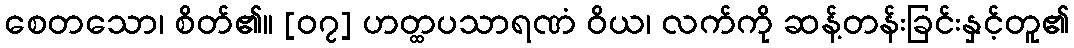
စေတသော၊ စိတ်၏။ [၀၇] ဟတ္ထပသာရဏံ ဝိယ၊ လက်ကို ဆန့်တန်းခြင်းနှင့်တူ၏